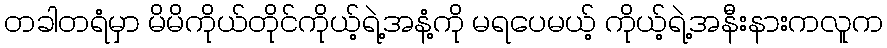
တခါတရံမှာ မိမိကိုယ်တိုင်ကိုယ့်ရဲ့အနံ့ကို မရပေမယ့် ကိုယ့်ရဲ့အနီးနားကလူက